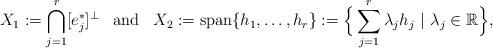
LaTeX: \begin{align*}X_1:=\bigcap\limits_{j=1}^r[e_j^*]^\bot~~\operatorname{and}~~X_2:=\operatorname{span}\{h_1,\ldots,h_r\}:=\Big\{\sum\limits_{j=1}^r\lambda_jh_j~|~\lambda_j\in\mathbb R\Big\},\end{align*}